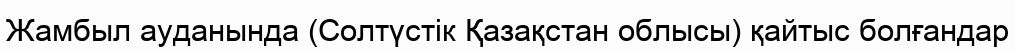
Жамбыл ауданында (Солтүстік Қазақстан облысы) қайтыс болғандар